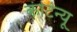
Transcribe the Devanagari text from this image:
कंटिन्यू